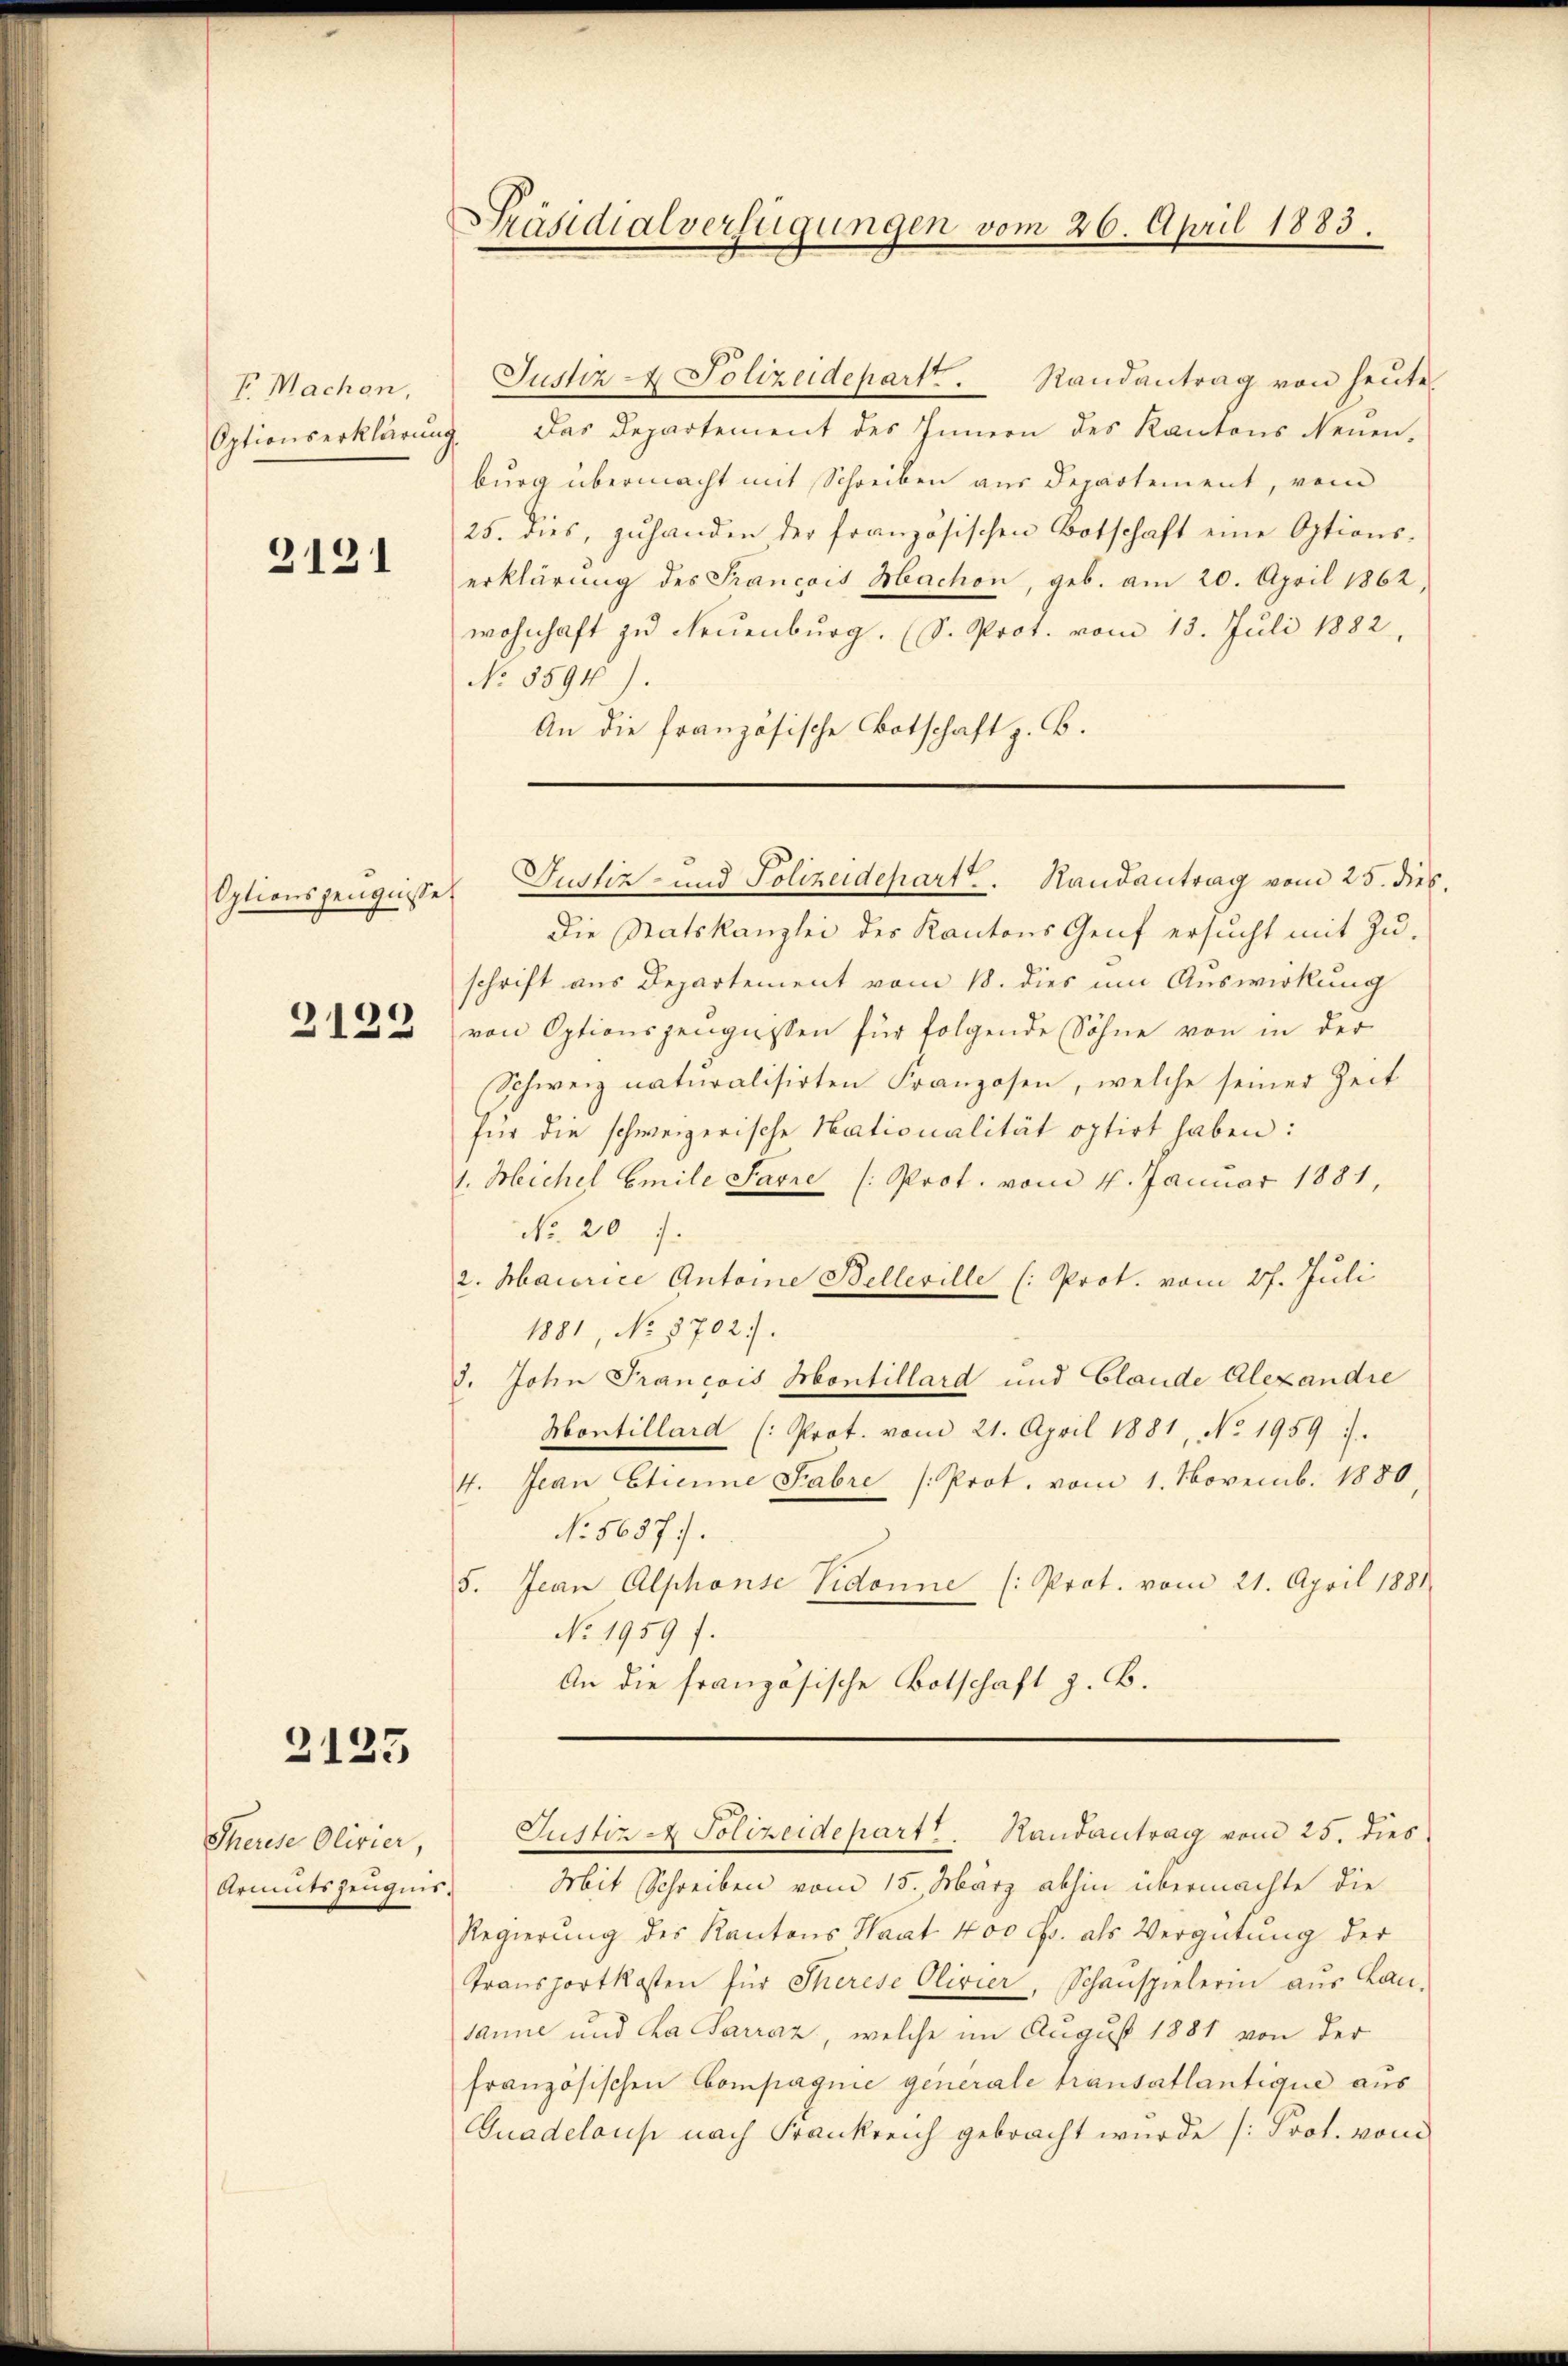
V Machen,
Optionserklärung

3131

Optionszeugnisse

.
3139

2125

Therese Olivier,

Präsidialverfügungen vom 26. April 1883.

Die Statskanzlei des Kantons Genf ersucht mit Zu-
schrift aus Departement vom 18. dies um Auswirkung
von Optionszeugnissen für folgende Söhne von in der
Schweiz naturalisirten Franzosen, welche seiner Zeit
für die schweizerische Nationalität optirt haben:
1. Heichel Emile Sarre (Prot. vom 4. Januar 1881,
No. 207.
2. Maiorice Antone Bellerille (: Prot. vom 27. Juli
1881, No 8702).
d. John Francois Montillard und Glande Alexandre
Montillard (: Prot. vom 21. April 1881, No. 1959).
4. Jean Etienne Fabre /: Prot. vom 1. Novemb. 1880.
No 5657).
5. Jean Alphonse Vidonne (: Prot. vom 21. April 1881
No. 1959 f.
An die französische Botschaft z. B.

Justiz & Polizeidepart. Randantrag von heute
Das Departement des Innern des Kantons Neuen.
burg übermacht mit Schreiben aus Departement, vom
25. dies, zuhanden der französischen Botschaft eine Options-
erklärung des Francois Machon, geb. am 20. April 1862,
wohnhaft zu Neuenburg. (S. Prot. vom 13. Juli 1882,
No 5594).
An die französische Botschaft z. B.

Justiz- und Polizeidepart. Randantrag vom 25. dies.

Justiz - Polizeidepart. Randantrag vom 25. dies

Armutszeugnis. Mit Schreiben vom 15. März abhin übermachte die
Regierung des Kantons Haat 400 Fr. als Vergütung der
Transportkosten für Therese Olivier, Schauspielerin aus Lan-
sanne und Ca Sarraz, welche im August 1881 von der
französischen Compagnie generale Transatlantique aus
Guadeloup nach Frankreich gebracht wurde (Prot. vom